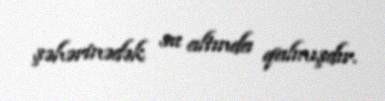
şəhərinədək su altında qalmışdır.